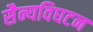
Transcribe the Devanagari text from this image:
सैन्यविघटन